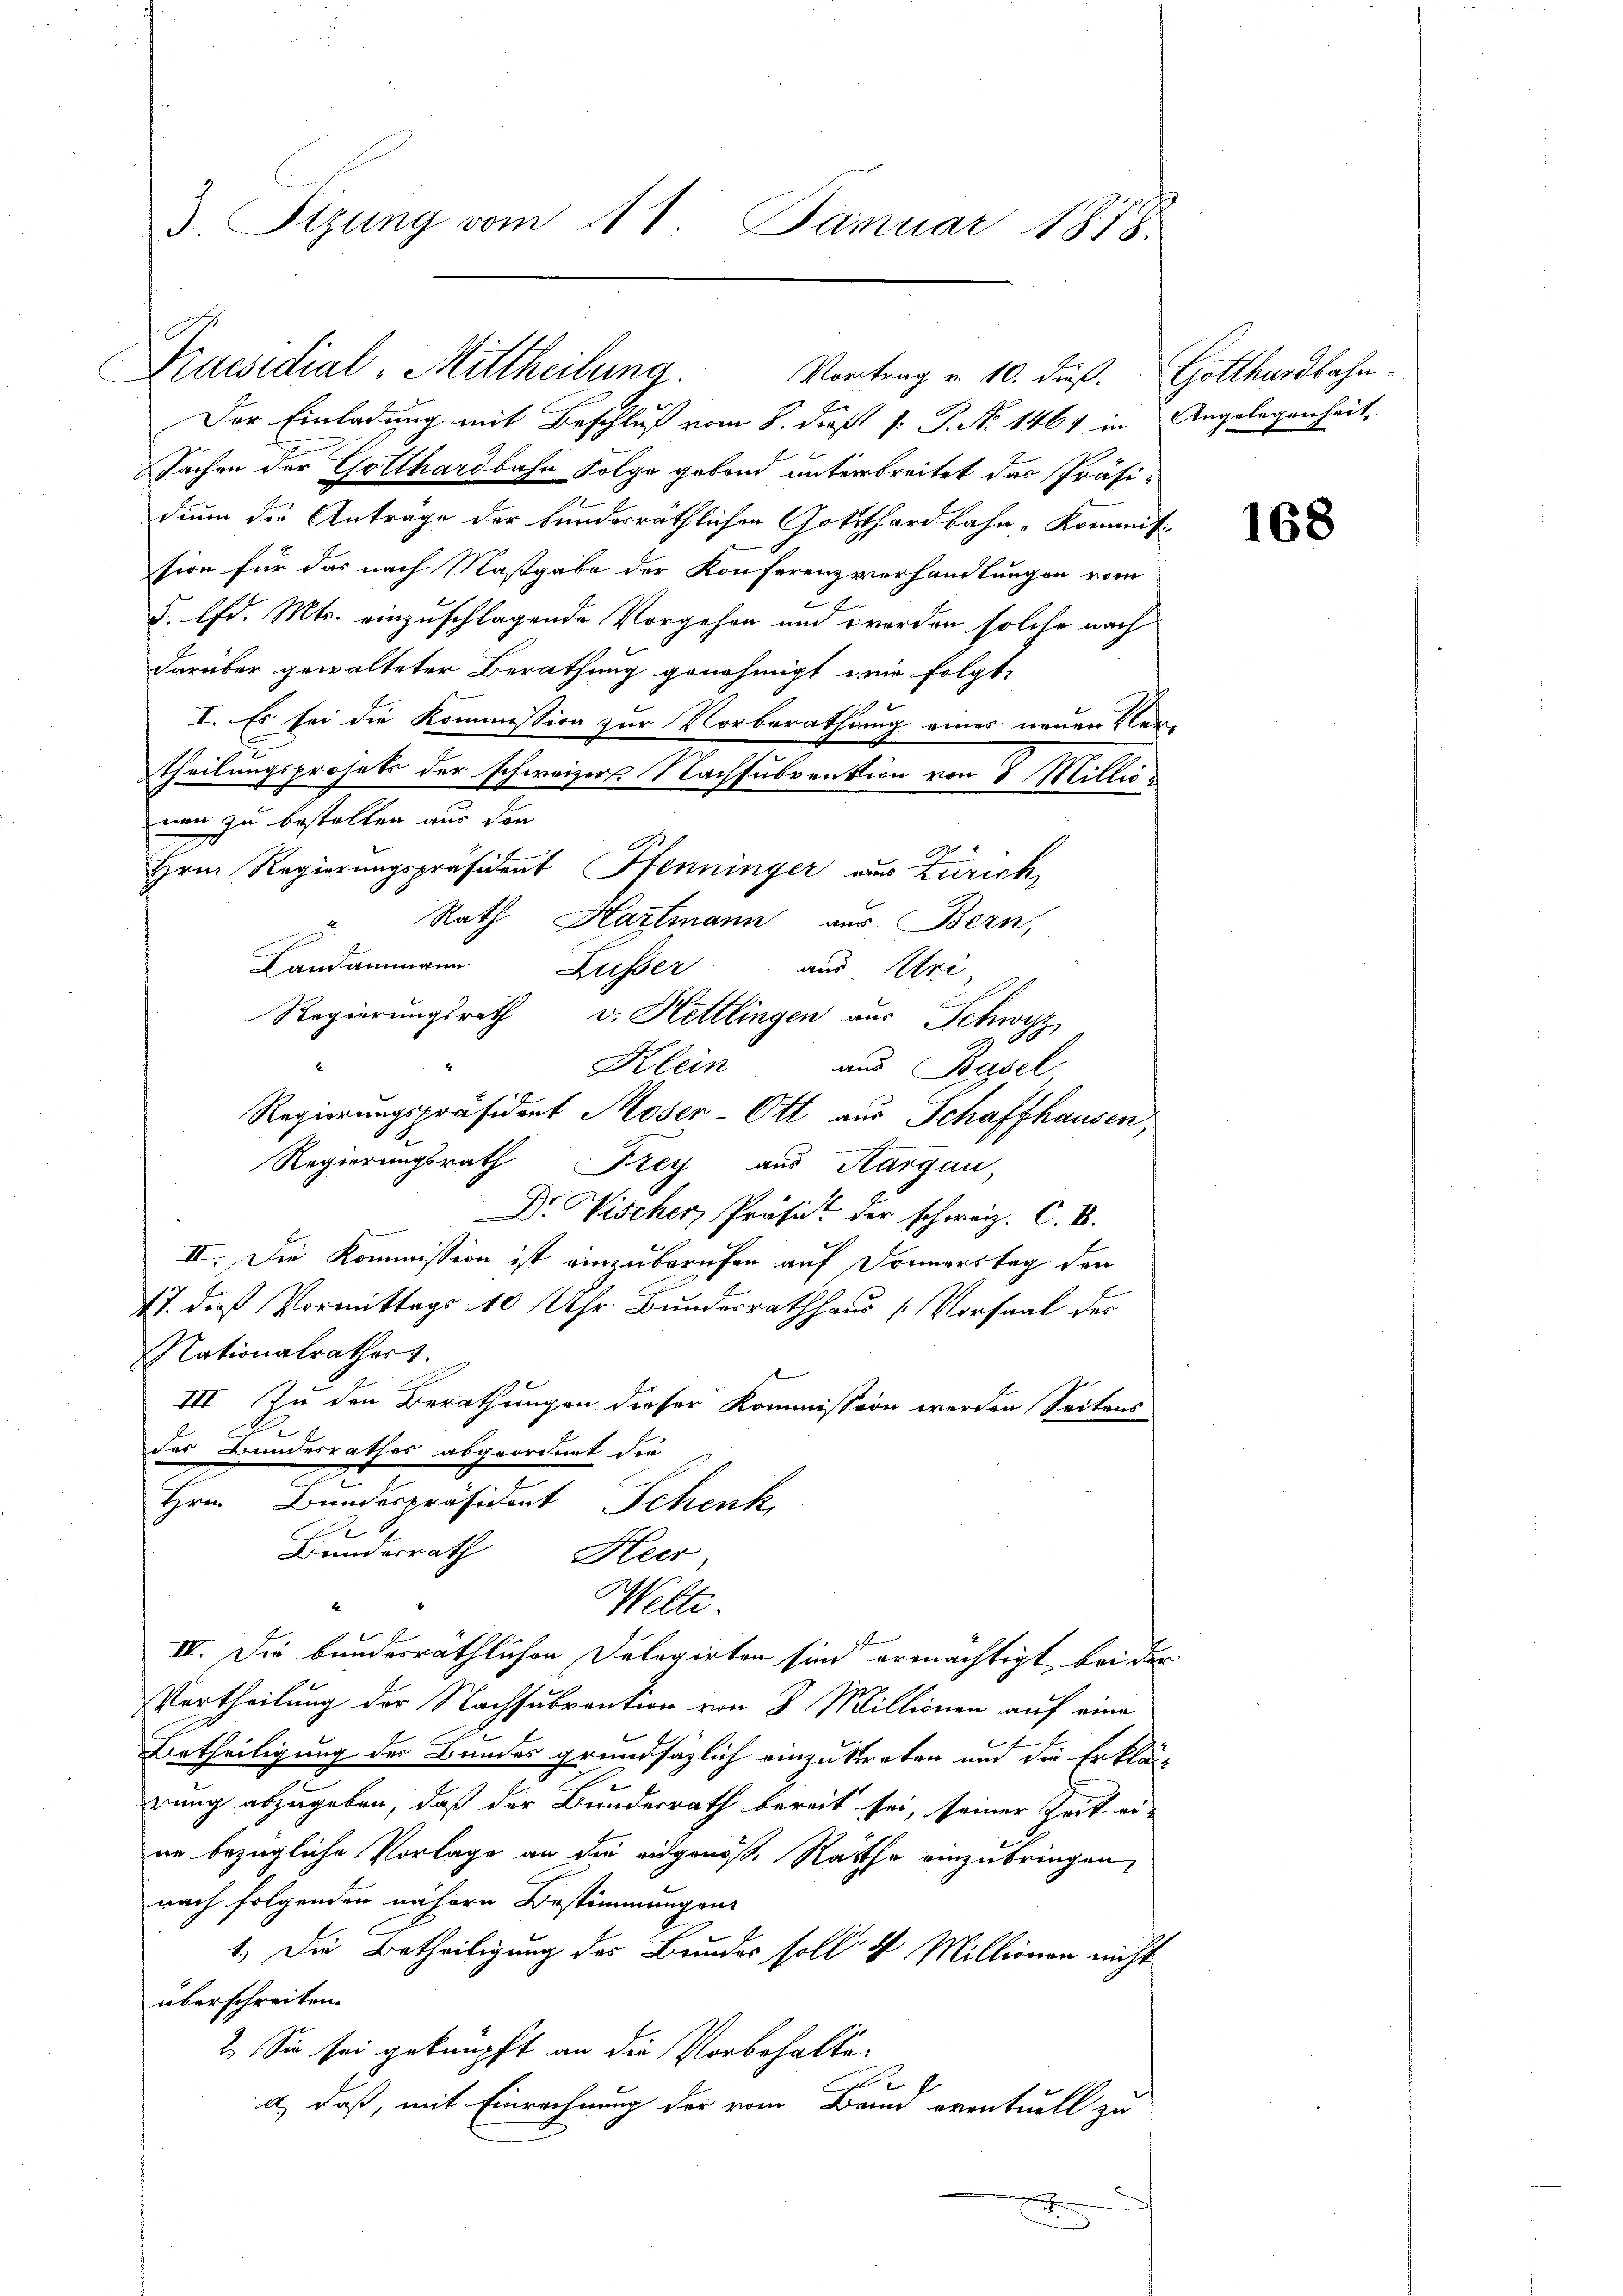
3. Tizung vom 11. Januar 1818.

Praesidial-Mittheilung. Vortrag v. 10. dieß. Gotthardbahn¬

Regierungsrath v. Hettlingen aus Schwyz

Der Einladung mit Beschluß vom 8. dieß P. P. No 1467 in Angelegenheit,
Sachen der Gotthardbahn Folge gebend unterbreitet das Präsidium die Anträge der bundesräthlichen Gottthardbahn- Kommitsion für das nach Maßgabe der Konferenzverhandlungen vom
A
d. lfd. Mts. einzuschlagende Vorgehen und werden solche nach
darüber gewalteter Berathung genehmigt wie folgte
I. Es sei die Kommission zur Vorberathung eines neuen Ver-
Theilungsprosets der schweizer Nachsubvention von 8 Millicnen zu bestellen aus den
Hrn. Regierungspräsident Pfenninger aus Zürich,
Rath Hartmann aus. Bern,
Landammann Lusser
aus Uri,
Klein aus Basel
Regierungspräsident Moser-Ott aus Schaffhausen,
Regierungsrath Frey aus Kargau,
Dr. Vischer, Präsid der schweiz. C.V.
II. Die Kommission ist einzuberufen auf Donnerstag den
17. daß Vormittags 10 Uhr Bundesrathhaus Vorsaal des
Nationalrathers.
III. Zu den Berathungen dieser Kommission werden Seitens
das Bundesrathes abgeordnet die
Hrn. Bundespräsident Schenk,
20
Bundesrath
Heer
Welte.
IV. Die bundesräthlichen Delegirten sind ermächtigt, bei der
Vortheilung der Nachsubvention von B. Millionen auf eine
Urtheiligung des Bundes grundsätzlich einzutreten und die Erklär-
rung abzugeben, daß der Bundesrath bereit sei, seiner Zeit ei-
ne bezügliche Vorlage an die angenoße Rathe einzubringen,
nach folgenden nähern Bestimmungen-
1.) Die Betheiligung des Bundes soll ds Millionen nicht
überschreiten.
2. Sie sei geknüpft an die Vorbehalten
2
a), daß, mit Einrechnung der vom Band eventuell zu
.

168